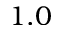
1 . 0